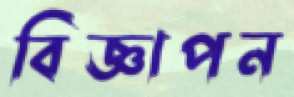
বিজ্ঞাপন